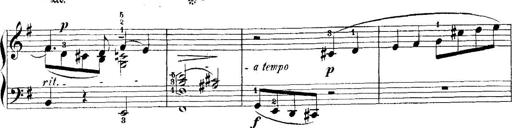
Title: 5 Sonatinas
Composer: Theodor Kirchner